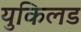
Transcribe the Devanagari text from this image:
युकिलड